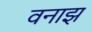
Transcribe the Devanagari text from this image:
वनाझ